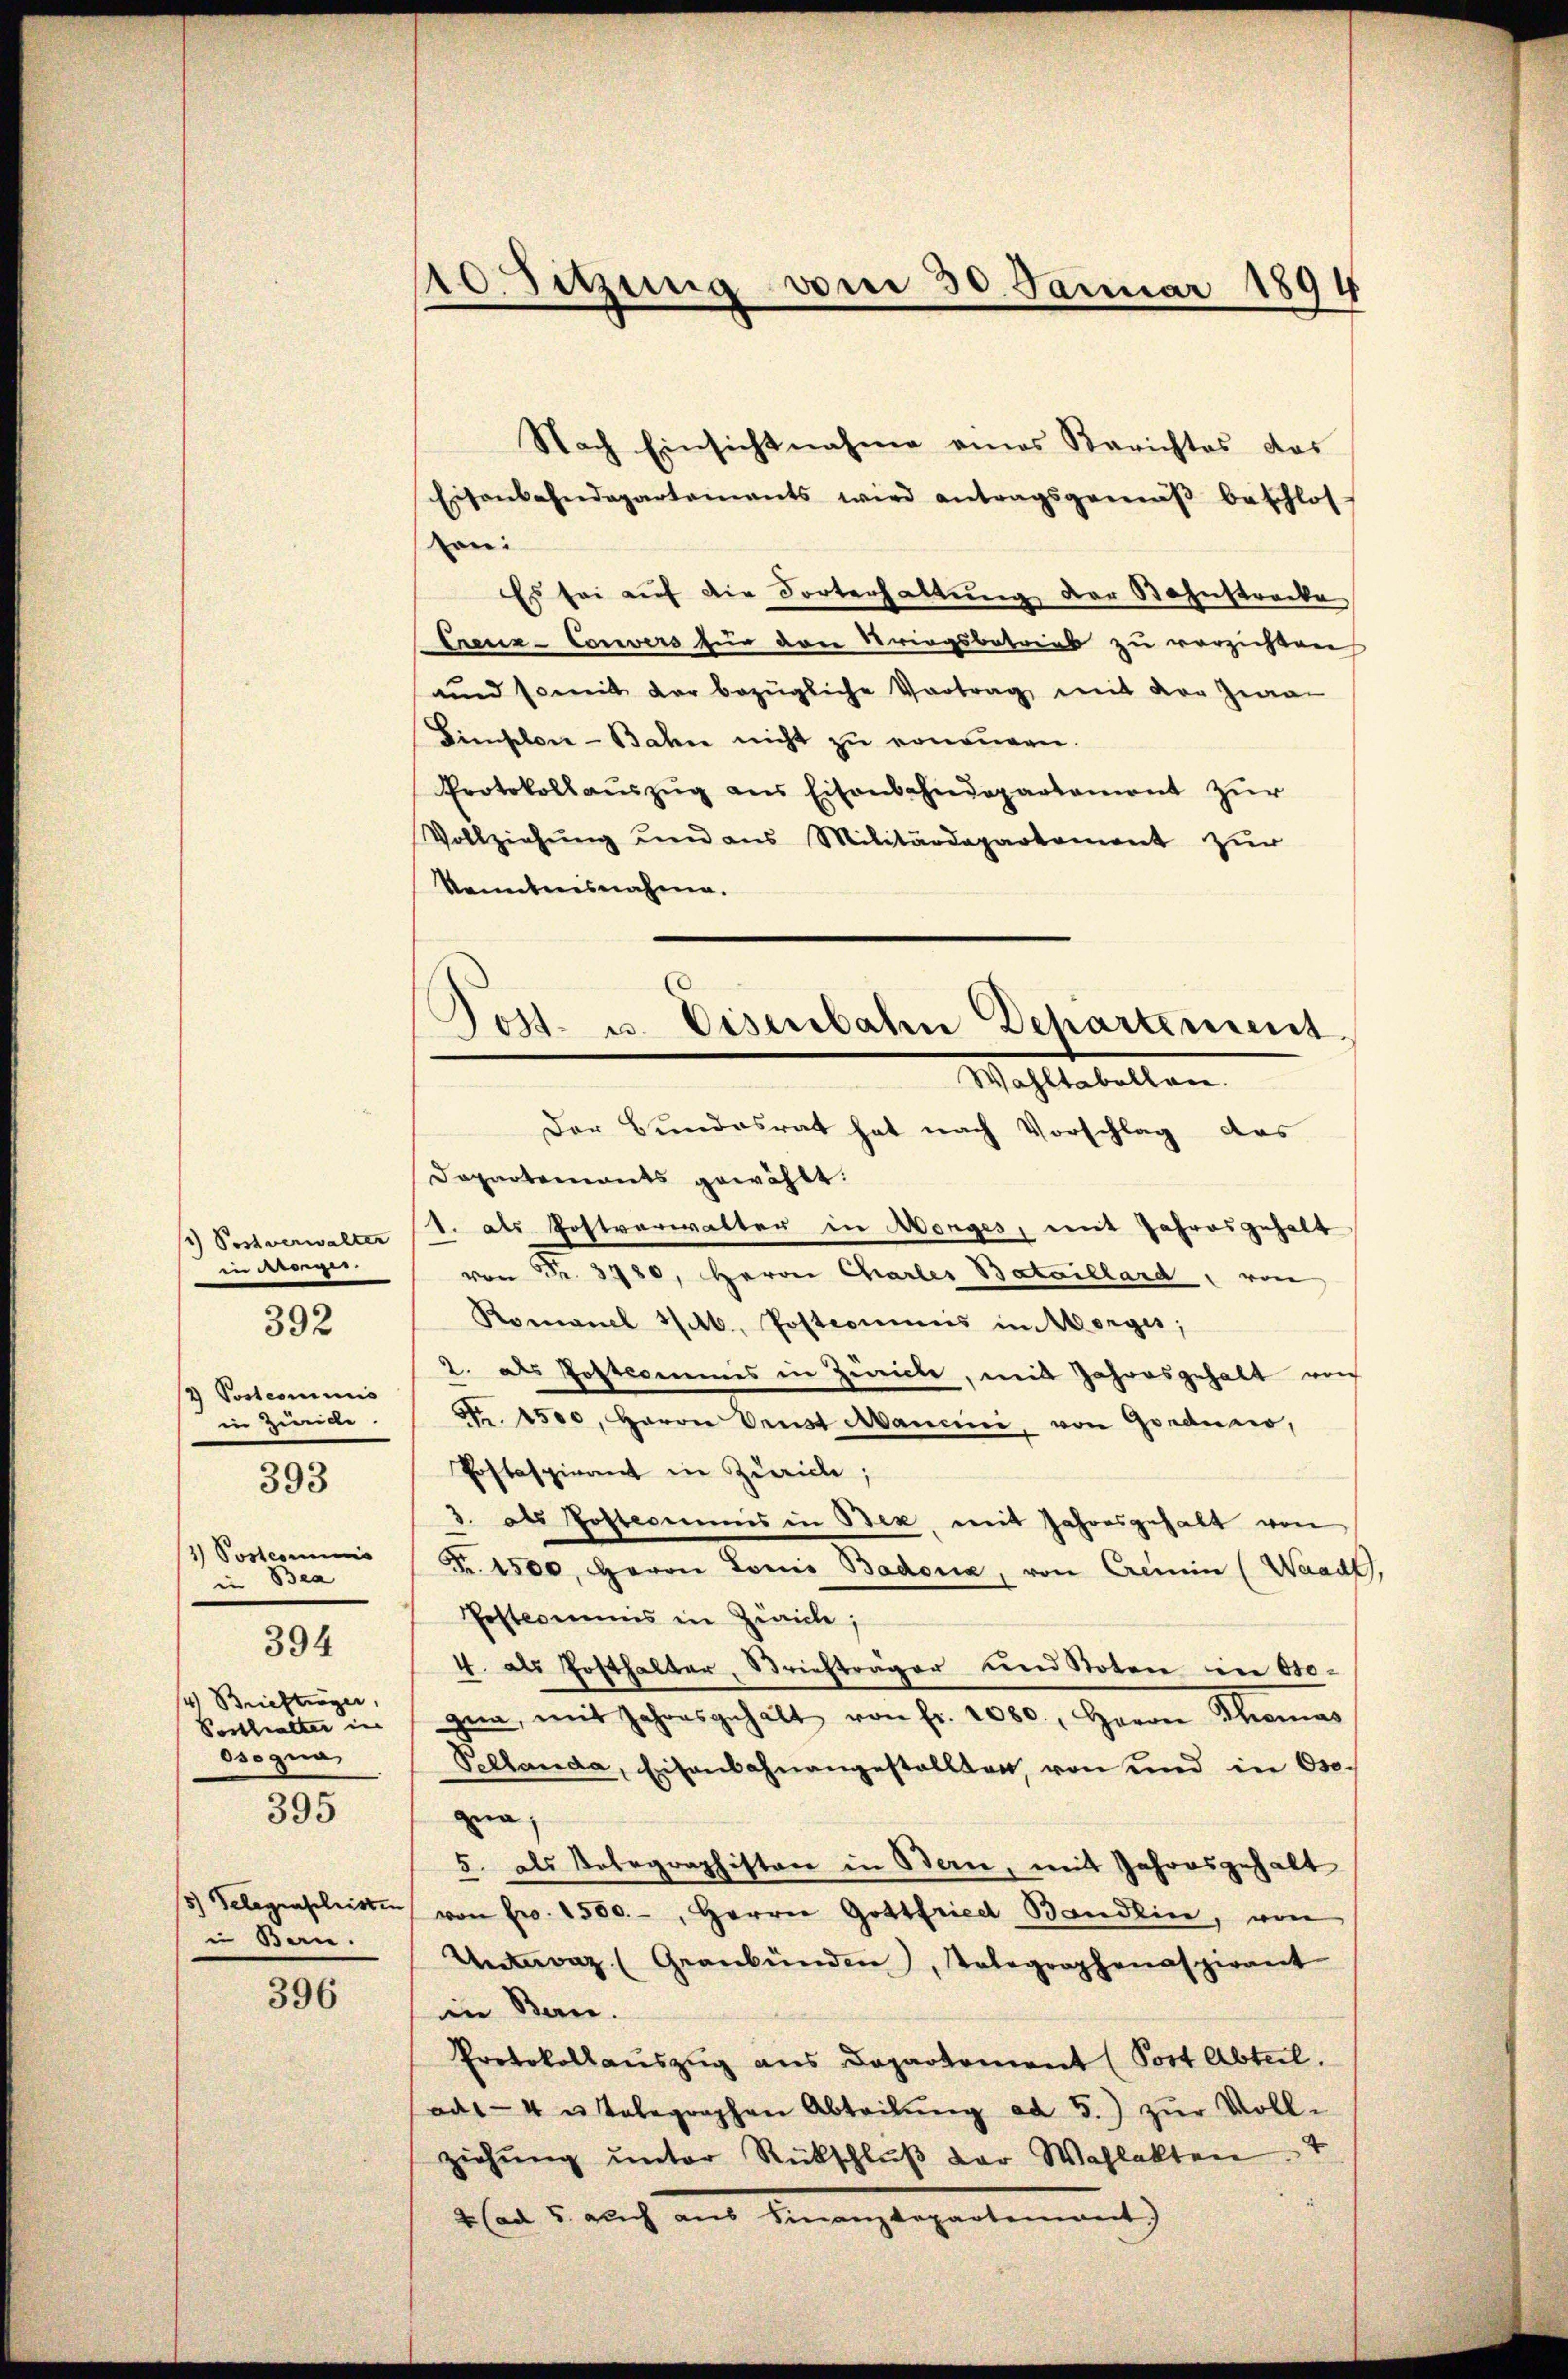
1) Postverwalter
in derenges
/2 Postcommis
in Zweide.
1) Postcommis
in Bea
394
14) Briefterger,
Posthalter in
Osogna
395
5) Gelegenschristen
i Bern.

392

393

396

10. Sitzung vom 30. Januar 1894
e

Nach Einsichtnahme eines Berichtes das
Eisenbahndepartements wird antragsgemäβ beschlos-
ten:
Es sei auf die Tortenhaltung der Bahnstrecke
Erenz-Convers für dere Stringsbetrieb zu verzichten
und somit der bezügliche Vortrag mit der Zwai
Simplon-Bahn nicht zŭ ernennen.
Protokollauszug aus Eisenbahndepartement zur
Vollziehŭng und aus Militärdepartament zŭr
kenntnisnahme.

0
Post- u. Eisenbahn Departement
Wahltabellen.
Der Bundesrat hat nach Vorschlag das

Dapartements gewählt.
1. als Postverwalter in Morges, mit Jahresgehalt
von Fr. 3780, Herrn Charler Bataillard " von
Romanel 1/6. Postcommis in Morges;
2. als Postcommis in Zürich, mit Jahresgehalt von
Nr. 1500, Harrer Verst Mancini, von Gorduai,
Postaspirant in Zürich;
3. als Postcommis in Bez, mit Jahresgehalt von
Fr. 1500, HHerrn Louis Badena, von Cremie (Waadt,
Postcommis in Zürich;
4. als Posthalter, Striefträger und Noten in Ose-
zien, mit Jahresgehalt von fr. 2080., Herrn Thomas
Pellanda, Eisenbahnangestellten, von und in Ose-
gna,
5. als Telegraphiston in Bern, mit Jahresgehalt
von Ew. 1580.-, Herrn Gottfried Bändlin, von
Uaz (Graubünden, Tolographenaspirant
in Bern.
Protokollauszug aus Departement (Post Abteil.
ads-4 u telegraphen Abteilŭng ad 5.) zŭr Voll-
ziehung unter Rückschlŭβ der Wahlakten
2 (ad 5. auch aus Finanzdepartement)